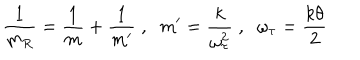
\frac { 1 } { m _ { R } } = \frac { 1 } { m } + \frac { 1 } { m ^ { \prime } } \; , \; \; m ^ { \prime } = \frac { k } { \omega _ { \tau } ^ { 2 } } \; , \; \; \omega _ { \tau } = \frac { k \theta } { 2 }